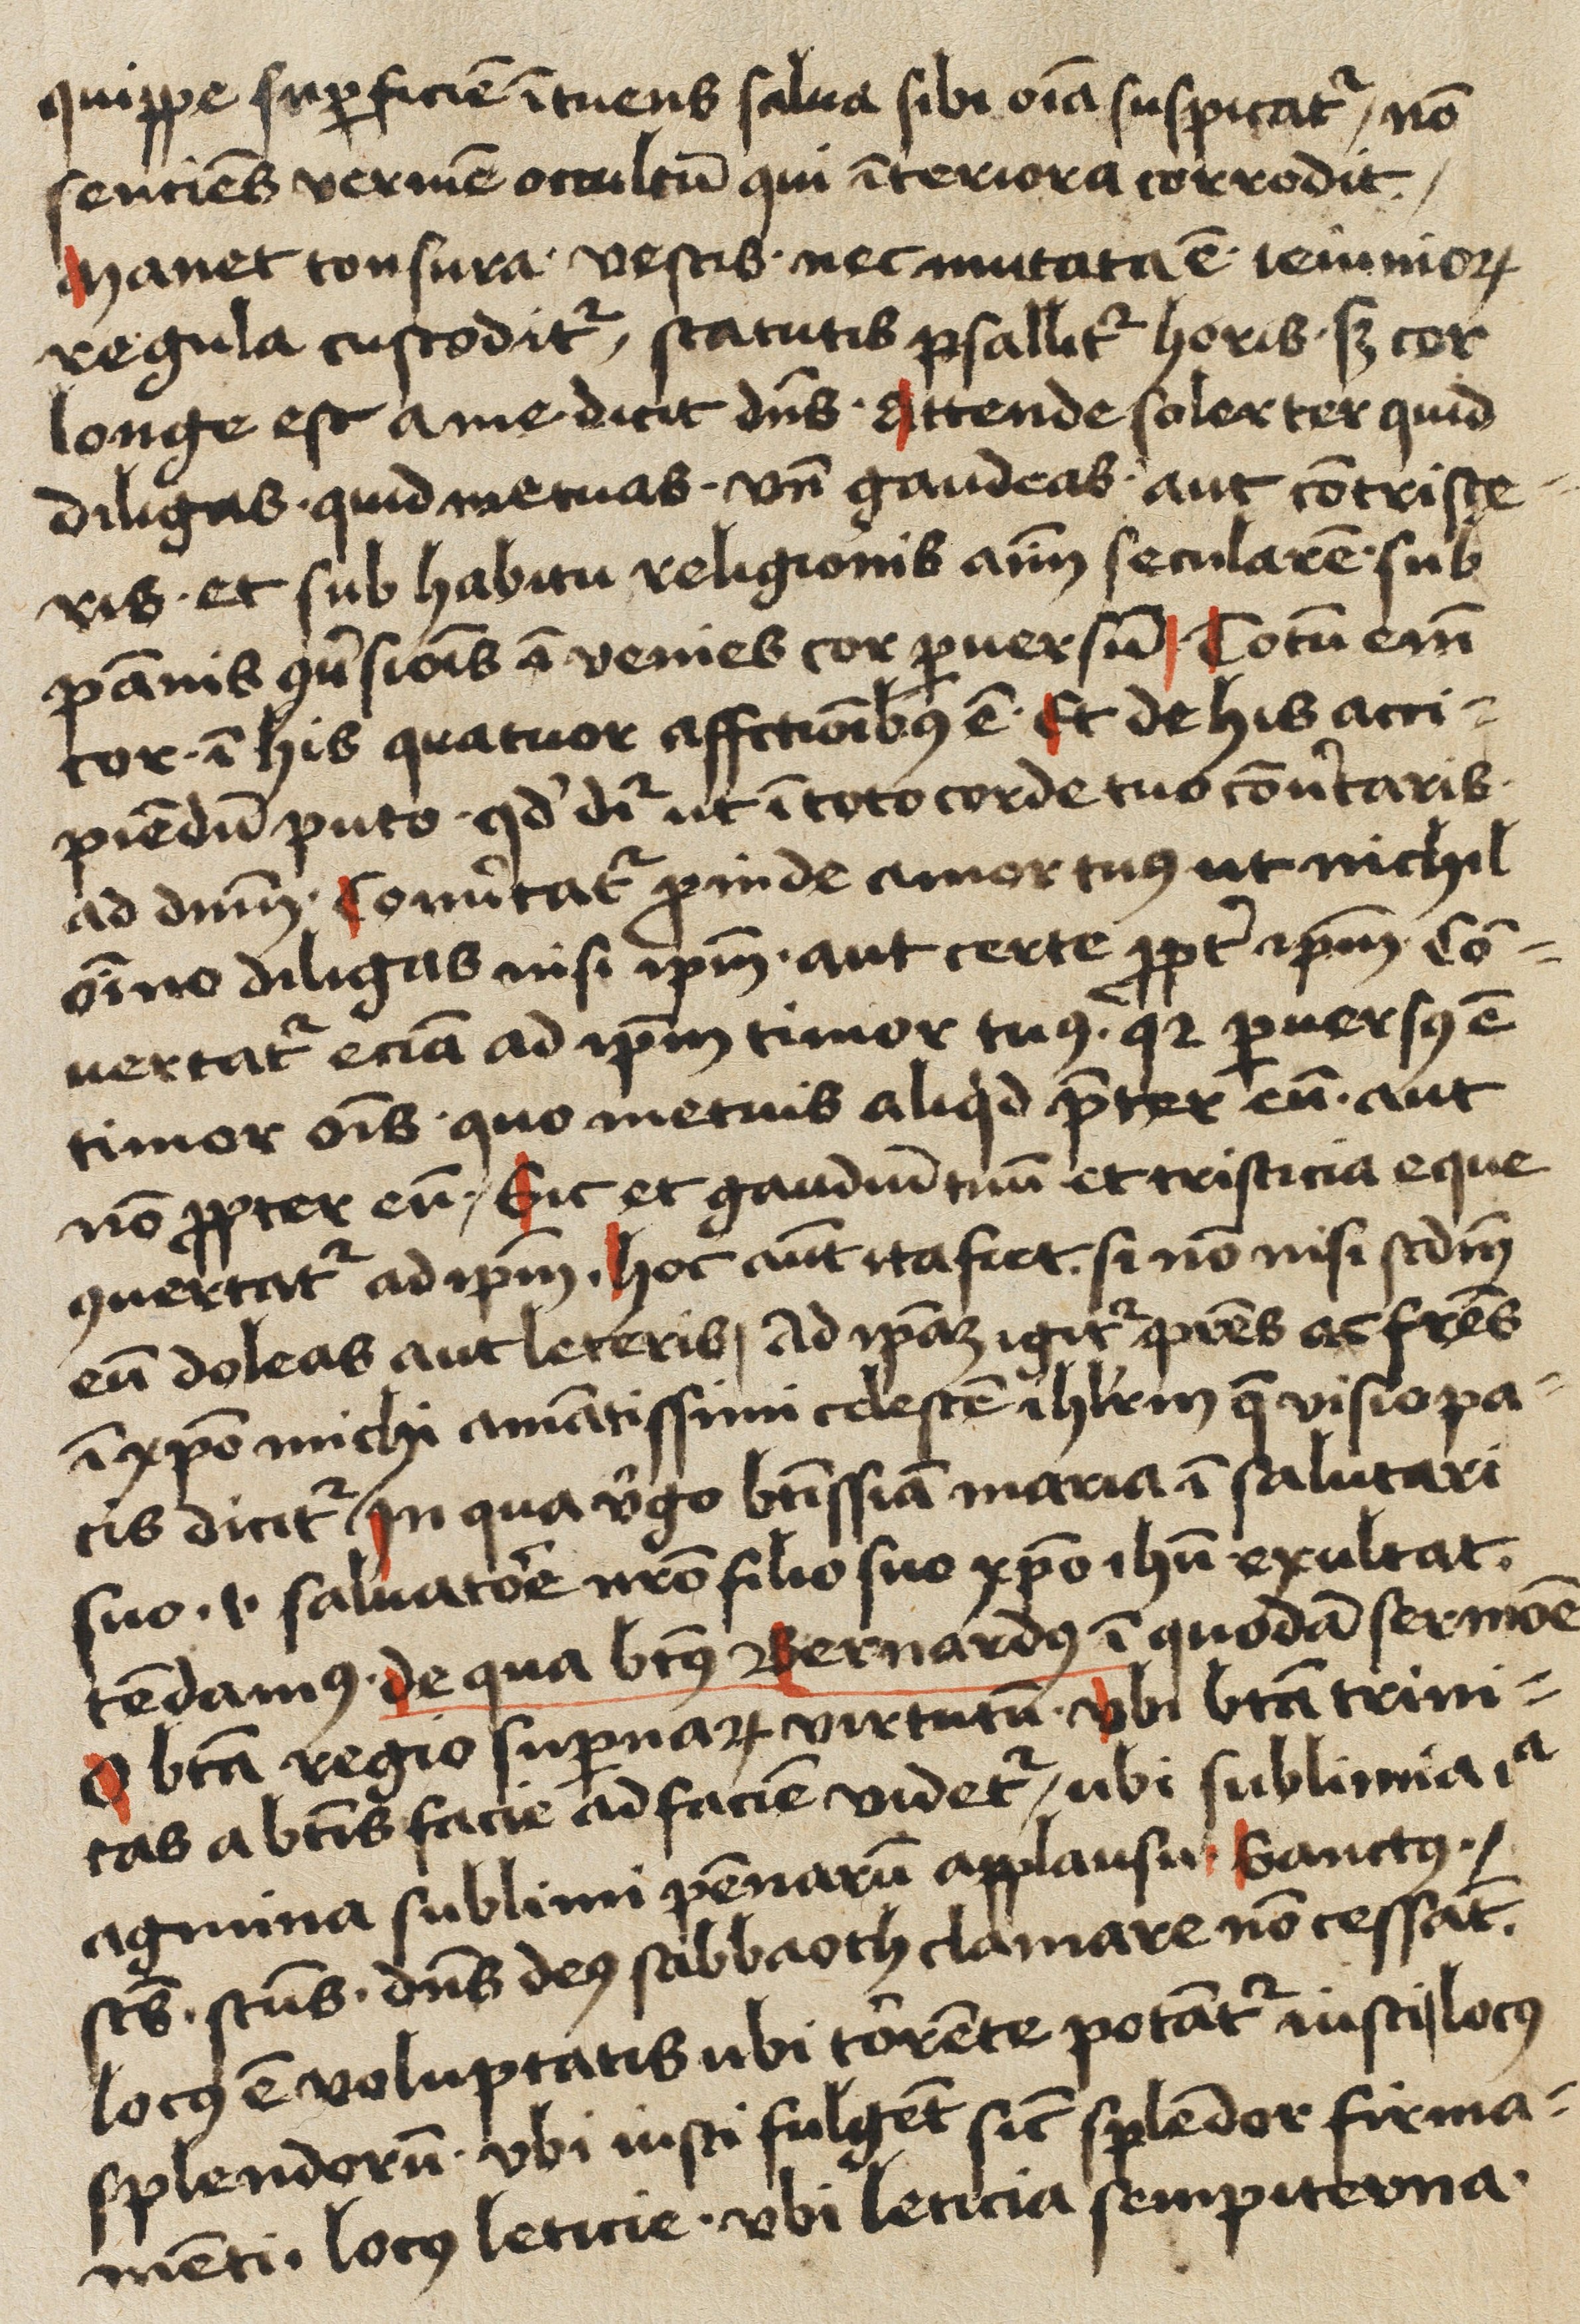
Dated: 1450–1499